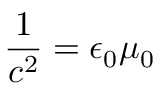
\frac { 1 } { c ^ { 2 } } = \epsilon _ { 0 } \mu _ { 0 }